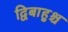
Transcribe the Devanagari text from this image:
द्विबाहुश्च